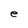
Character: e